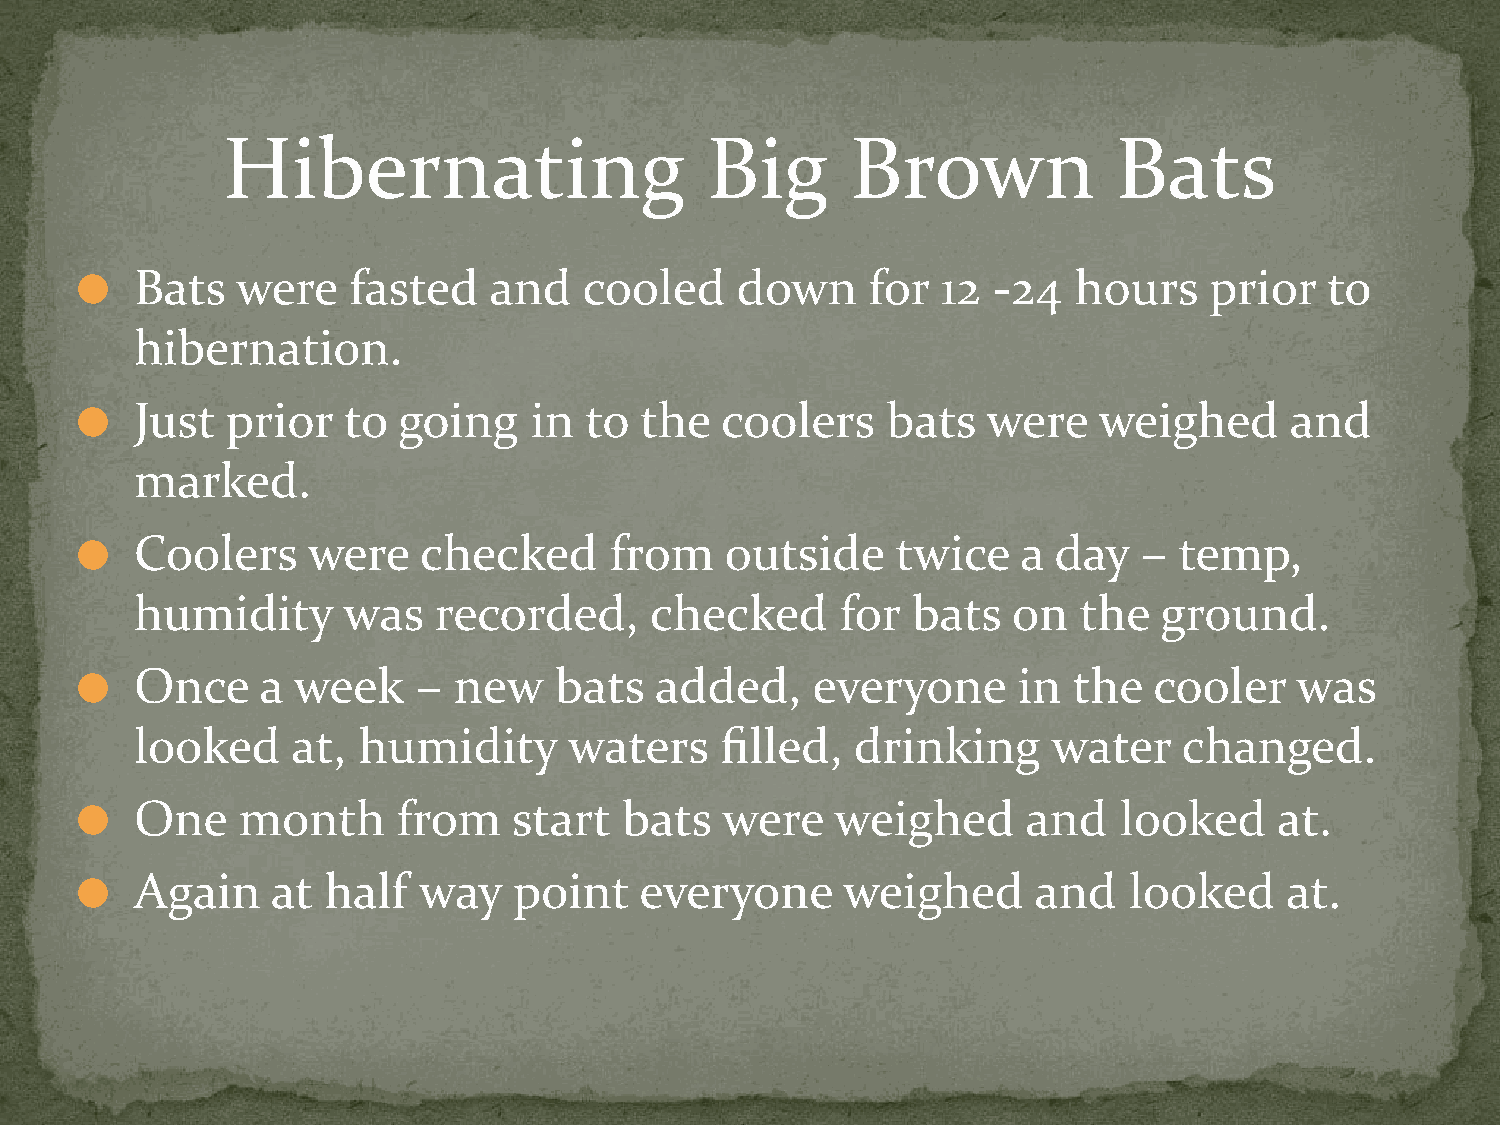
Hibernating                     Big      Brown             Bats
 Bats   were   fasted   and    cooled    down     for 12  -24  hours    prior   to
 ⚫
 hibernation.
 Just  prior   to going    in  to the   coolers    bats  were    weighed     and
 ⚫
 marked.
 Coolers    were    checked     from    outside    twice    a day   – temp,
 ⚫
 humidity      was   recorded,     checked      for bats   on  the   ground.
 Once    a week     – new    bats  added,     everyone     in  the  cooler    was
 ⚫
 looked    at,  humidity      waters    filled,  drinking     water   changed.
 One    month     from    start  bats   were   weighed      and   looked     at.
 ⚫
 Again    at half   way   point   everyone      weighed      and   looked    at.
 ⚫